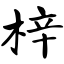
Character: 梓